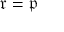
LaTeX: { \mathfrak { r } } = { \mathfrak { p } }